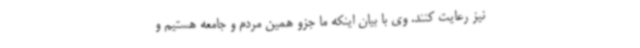
نیز رعایت کنند. وی با بیان اینکه ما جزو همین مردم و جامعه هستیم و